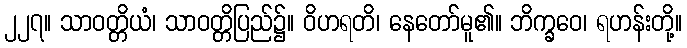
၂၂၇။ သာဝတ္တိယံ၊ သာဝတ္တိပြည်၌။ ဝိဟရတိ၊ နေတော်မူ၏။ ဘိက္ခဝေ၊ ရဟန်းတို့။